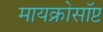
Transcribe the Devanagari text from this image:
मायक्रोसॉप्ट